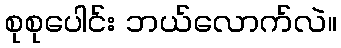
စုစုပေါင်း ဘယ်လောက်လဲ။